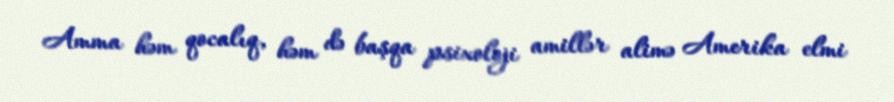
Amma həm qocalıq, həm də başqa psixoloji amillər alimə Amerika elmi